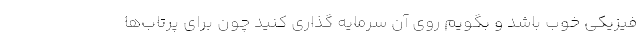
فیزیکی خوب باشد و بگویم روی آن سرمایه ‌گذاری کنید چون برای پرتاب‌ها